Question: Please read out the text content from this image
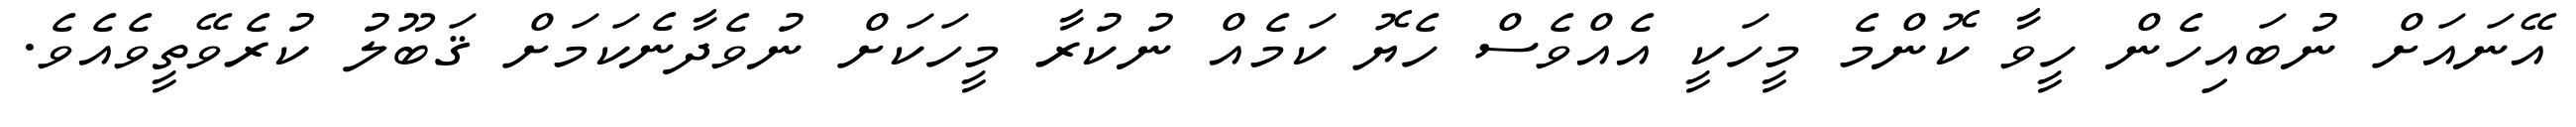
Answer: އޭނައަށް ނުބައިހެން ހީވާ ކޮންމެ މީހަކީ އެއްވެސް ހެޔޮ ކަމެއް ނުކުރާ މީހަކަށް ނުވެދާނެކަމަށް ޤަބޫލު ކުރެވޭތީވެއެވެ.